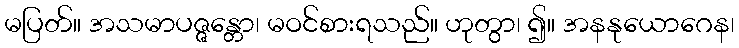
မပြတ်။ အသမာပဇ္ဇန္တော၊ မဝင်စားရသည်။ ဟုတွာ၊ ၍။ အနနုယောဂေန၊